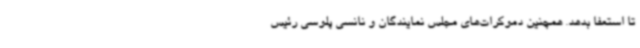
تا استعفا بدهد. همچنین دموکرات‌های مجلس نمایندگان و نانسی پلوسی رئیس